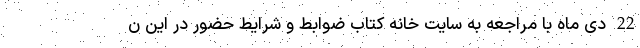
22 دی ماه با مراجعه به سایت خانه کتاب ضوابط و شرایط حضور در این ن